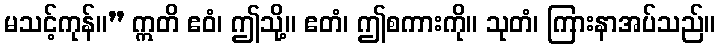
မသင့်ကုန်။” ဣတိ ဧဝံ၊ ဤသို့။ ဧတံ၊ ဤစကားကို။ သုတံ၊ ကြားနာအပ်သည်။